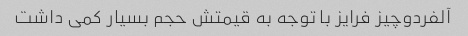
آلفردوچیز فرایز با توجه به قیمتش حجم بسیار کمی داشت